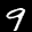
Label: 9